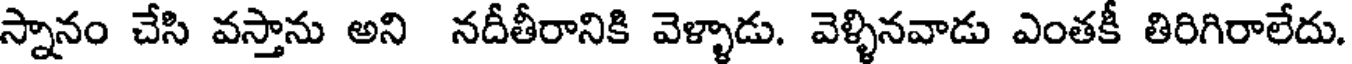
స్నానం చేసి వస్తాను అని నదీతీరానికి వెళ్ళాడు. వెళ్ళినవాడు ఎంతకీ తిరిగిరాలేదు.